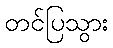
တင်ပြသွား